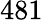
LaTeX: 481